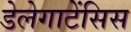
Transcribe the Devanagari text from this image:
डेलेगाटेंसिस